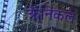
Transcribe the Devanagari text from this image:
क्रैनिकल